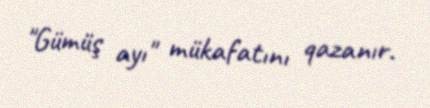
"Gümüş ayı" mükafatını qazanır.